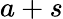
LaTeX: a+s